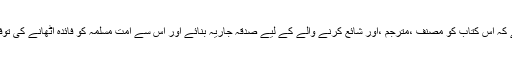
اللہ تعالی سے دعا ہے کہ اس کتاب کو مصنف ،مترجم ،اور شائع کرنے والے کے لیے صدقہ جاریہ بنائے اور اس سے امت مسلمہ کو فائدہ اٹھانے کی توفیق عطافرمائے آمین ۔